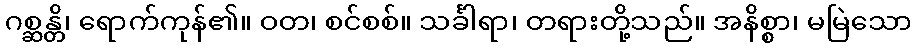
ဂစ္ဆန္တိ၊ ရောက်ကုန်၏။ ဝတ၊ စင်စစ်။ သင်္ခါရာ၊ တရားတို့သည်။ အနိစ္စာ၊ မမြဲသော